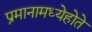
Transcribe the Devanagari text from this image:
प्रमानामध्येहोते